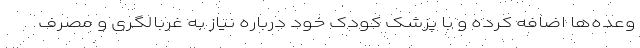
وعده‌ها اضافه کرده و با پزشک کودک خود درباره نیاز به غربالگری و مصرف